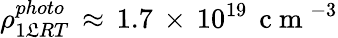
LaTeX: \rho_{1\mathfrak{L}RT}^{photo}\, \approx\, 1.7\, \times\, 10^{19}\, \mathrm{{~c~m~}}^{-3}